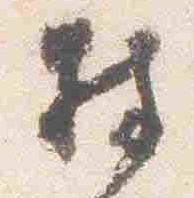
持